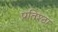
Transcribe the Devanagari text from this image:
प्रतिश्ठा